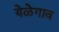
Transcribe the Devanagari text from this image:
येळेगाव